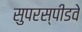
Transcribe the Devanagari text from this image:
सुपरस्पीडवे